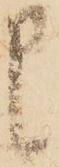
申